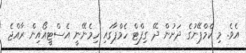
އެވެ. މި ކެމްޕޭނުގެ ދަށުން ދޭ ގިފްޓް ހެމްޕާގައި ހިމެނޭނީ އެސްޓީއޯއިން ރާއްޖެ